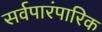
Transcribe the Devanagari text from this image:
सर्वपारंपारिक